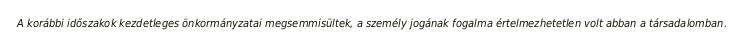
A korábbi időszakok kezdetleges önkormányzatai megsemmisültek, a személy jogának fogalma értelmezhetetlen volt abban a társadalomban.